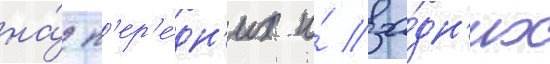
на́ п'ер'е́дн'их и́ за́дн'их